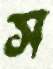
স